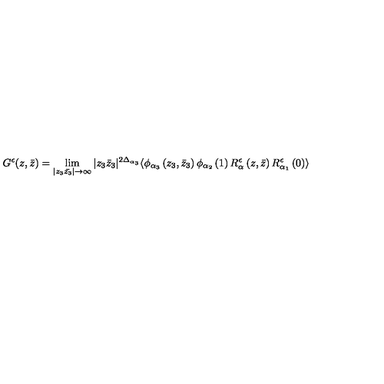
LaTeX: G ^ { \epsilon } ( z , \bar { z } ) = \lim _ { | z _ { 3 } \bar { z _ { 3 } } | \rightarrow \infty } | z _ { 3 } \bar { z } _ { 3 } | ^ { 2 \Delta _ { \alpha _ { 3 } } } \langle \phi _ { \alpha _ { 3 } } \left( z _ { 3 } , \bar { z } _ { 3 } \right) \phi _ { \alpha _ { 2 } } \left( 1 \right) R _ { \alpha } ^ { \epsilon } \left( z , \bar { z } \right) R _ { \alpha _ { 1 } } ^ { \epsilon } \left( 0 \right) \rangle